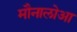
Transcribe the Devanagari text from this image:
मौनालोआ